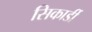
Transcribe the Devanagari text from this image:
सिकार्डी